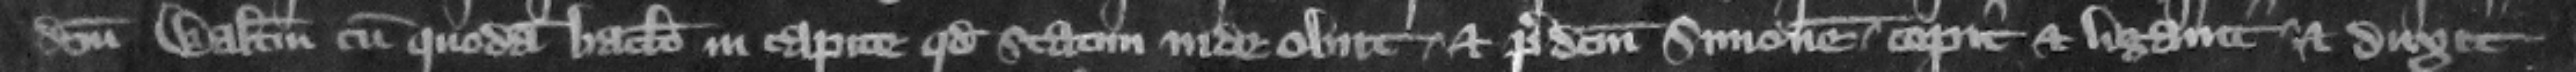
dictum Walterum cum quodam baculo in capite quod statim inde obiit et predictum Simonem cepit et ligauit et duxit